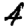
Digit: 4